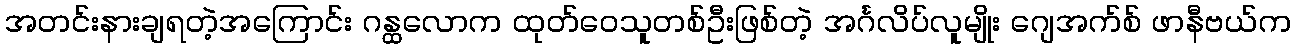
အတင်းနားချရတဲ့အကြောင်း ဂန္ထလောက ထုတ်ဝေသူတစ်ဦးဖြစ်တဲ့ အင်္ဂလိပ်လူမျိုး ဂျေအက်စ် ဖာနီဗယ်က